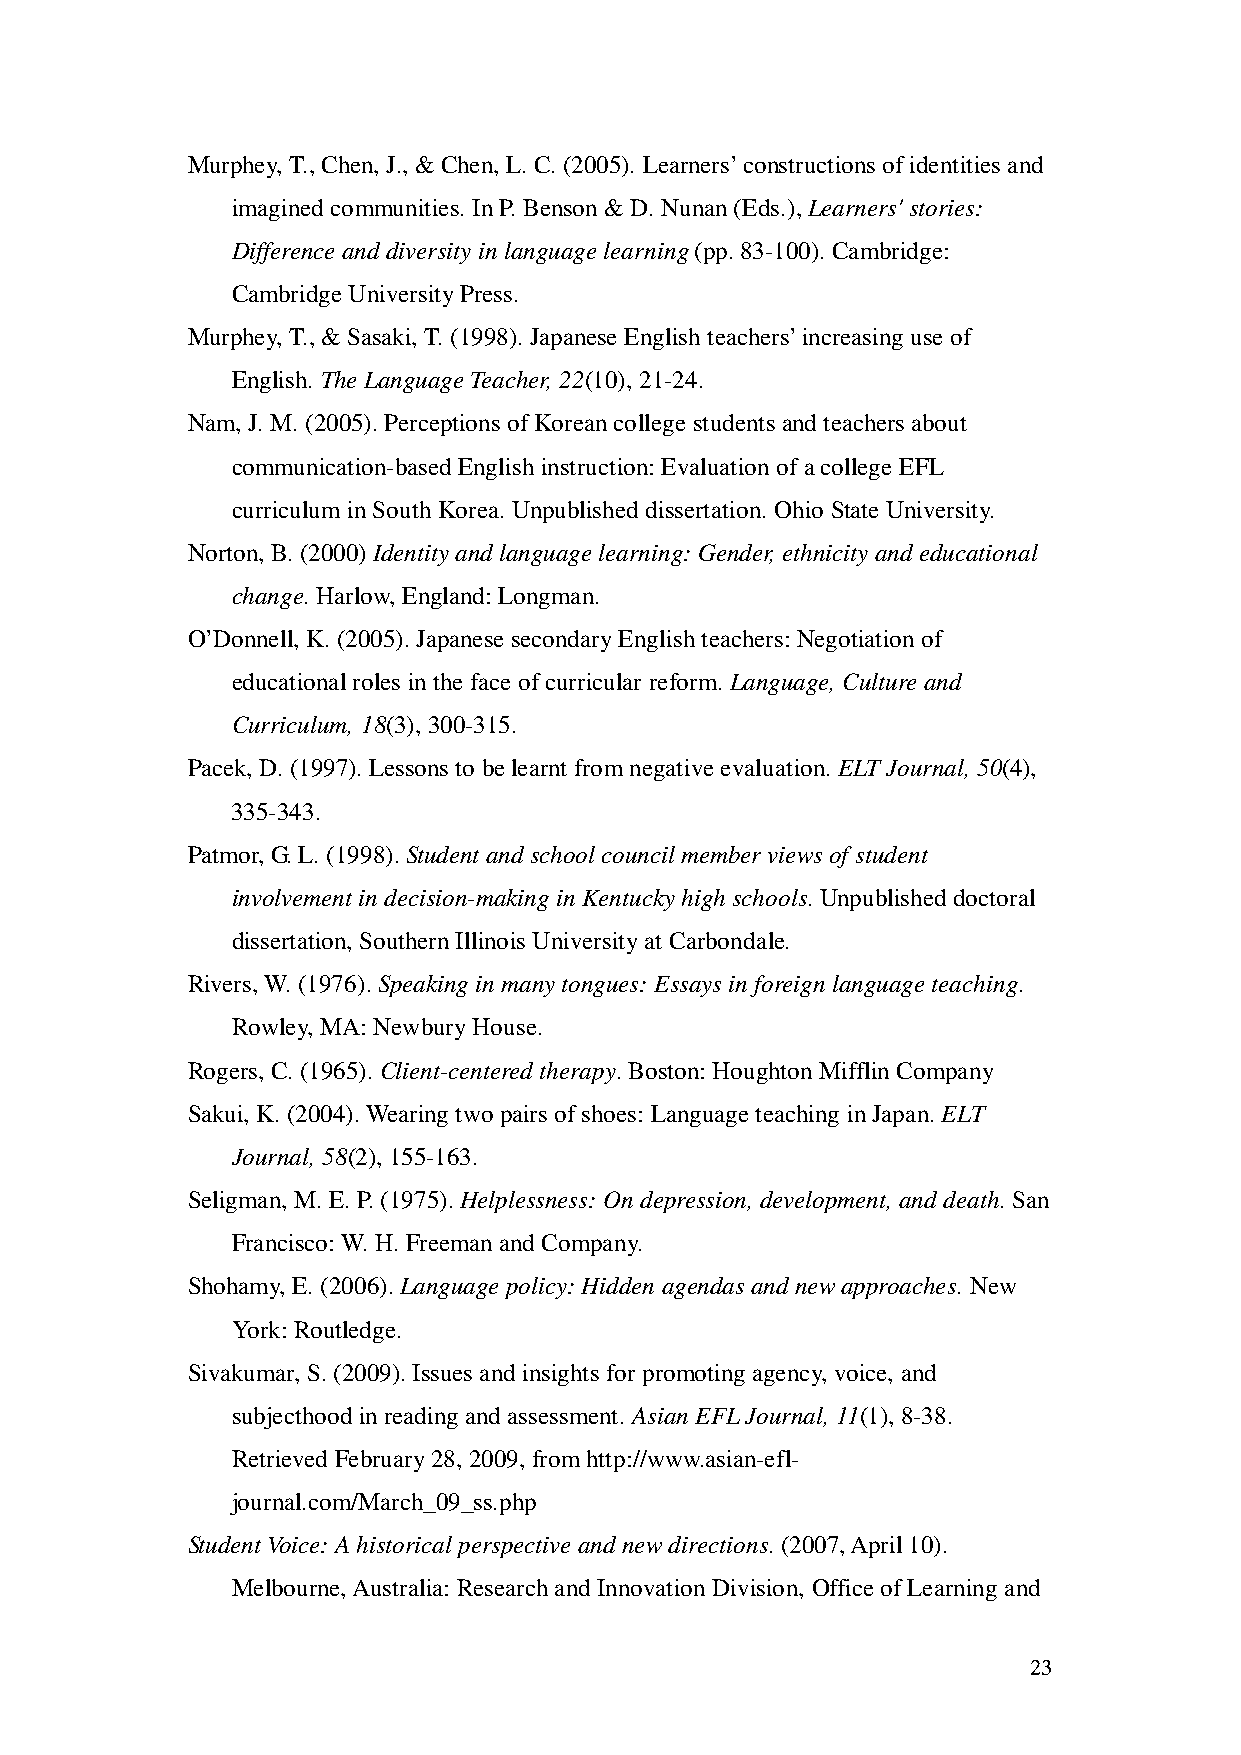
Murphey, T., Chen, J., & Chen, L. C. (2005). Learners’ constructions of identities and
 imagined communities. In P. Benson & D. Nunan (Eds.), Learners' stories:
 Difference and diversity in language learning (pp. 83-100). Cambridge:
 Cambridge University Press.
 Murphey, T., & Sasaki, T. (1998). Japanese English teachers’ increasing use of
 English. The Language Teacher, 22(10), 21-24.
 Nam, J. M. (2005). Perceptions of Korean college students and teachers about
 communication-based English instruction: Evaluation of a college EFL
 curriculum in South Korea. Unpublished dissertation. Ohio State University.
 Norton, B. (2000) Identity and language learning: Gender, ethnicity and educational
 change. Harlow, England: Longman.
 O’Donnell, K. (2005). Japanese secondary English teachers: Negotiation of
 educational roles in the face of curricular reform. Language, Culture and
 Curriculum, 18(3), 300-315.
 Pacek, D. (1997). Lessons to be learnt from negative evaluation. ELT Journal, 50(4),
 335-343.
 Patmor, G. L. (1998). Student and school council member views of student
 involvement in decision-making in Kentucky high schools. Unpublished doctoral
 dissertation, Southern Illinois University at Carbondale.
 Rivers, W. (1976). Speaking in many tongues: Essays in foreign language teaching.
 Rowley, MA: Newbury House.
 Rogers, C. (1965). Client-centered therapy. Boston: Houghton Mifflin Company
 Sakui, K. (2004). Wearing two pairs of shoes: Language teaching in Japan. ELT
 Journal, 58(2), 155-163.
 Seligman, M. E. P. (1975). Helplessness: On depression, development, and death. San
 Francisco: W. H. Freeman and Company.
 Shohamy, E. (2006). Language policy: Hidden agendas and new approaches. New
 York: Routledge.
 Sivakumar, S. (2009). Issues and insights for promoting agency, voice, and
 subjecthood in reading and assessment. Asian EFL Journal, 11(1), 8-38.
 Retrieved February 28, 2009, from http://www.asian-efl-
 journal.com/March_09_ss.php
 Student Voice: A historical perspective and new directions. (2007, April 10).
 Melbourne, Australia: Research and Innovation Division, Office of Learning and
 23